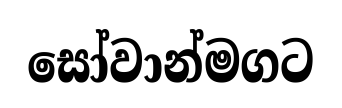
සෝවාන්මගට